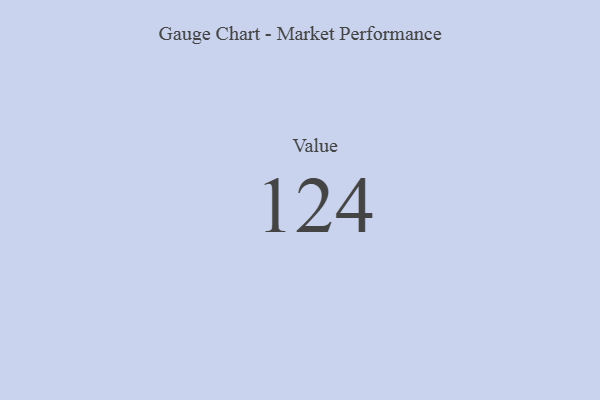
{"axis": {"x": "Metric", "y": "Value"}, "legend": [""], "data": [{"x": "Value", "y": 124, "type": ""}]}